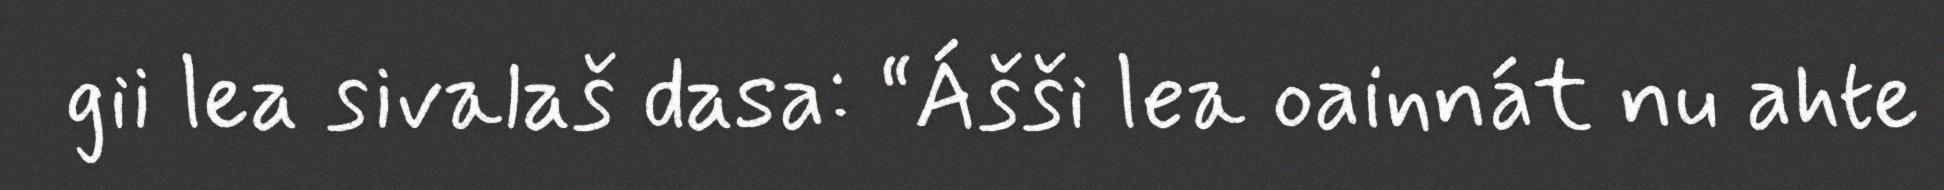
gii lea sivalaš dasa: “Ášši lea oainnát nu ahte